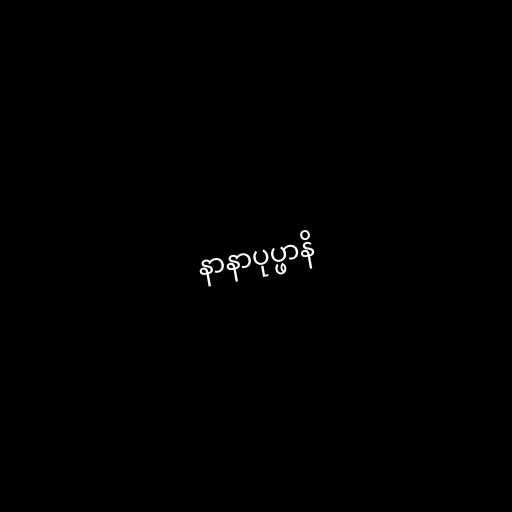
နာနာပုပ္ဖာနိ